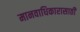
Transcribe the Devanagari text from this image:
मानवाधिकारासाठी